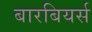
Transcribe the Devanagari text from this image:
बारबियर्स